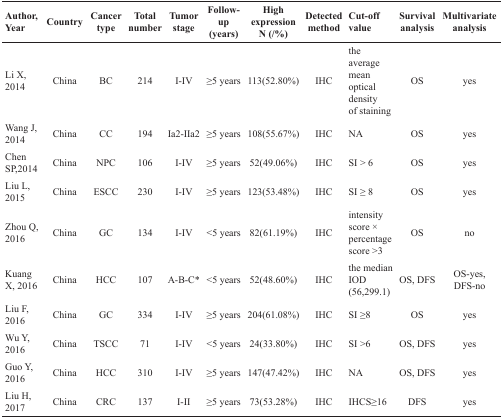
<table><thead><tr><td><b>Author,Year</b></td><td><b>Country</b></td><td><b>Cancer type</b></td><td><b>Total number</b></td><td><b>Tumor stage</b></td><td><b>Follow-up (years)</b></td><td><b>High expression N (/%)</b></td><td><b>Detected method</b></td><td><b>Cut-off value</b></td><td><b>Survival analysis</b></td><td><b>Multivariate analysis</b></td></tr></thead><tbody><tr><td>Li X, 2014</td><td>China</td><td>BC</td><td>214</td><td>I-IV</td><td>≥5 years</td><td>113(52.80%)</td><td>IHC</td><td>the average mean optical densityof staining</td><td>OS</td><td>yes</td></tr><tr><td>Wang J, 2014</td><td>China</td><td>CC</td><td>194</td><td>Ia2-IIa2</td><td>≥5 years</td><td>108(55.67%)</td><td>IHC</td><td>NA</td><td>OS</td><td>yes</td></tr><tr><td>Chen SP,2014</td><td>China</td><td>NPC</td><td>106</td><td>I-IV</td><td>≥5 years</td><td>52(49.06%)</td><td>IHC</td><td>SI &gt; 6</td><td>OS</td><td>yes</td></tr><tr><td>Liu L, 2015</td><td>China</td><td>ESCC</td><td>230</td><td>I-IV</td><td>≥5 years</td><td>123(53.48%)</td><td>IHC</td><td>SI ≥ 8</td><td>OS</td><td>yes</td></tr><tr><td>Zhou Q, 2016</td><td>China</td><td>GC</td><td>134</td><td>I-IV</td><td>&lt;5 years</td><td>82(61.19%)</td><td>IHC</td><td>intensity score × percentage score &gt;3</td><td>OS</td><td>no</td></tr><tr><td>Kuang X, 2016</td><td>China</td><td>HCC</td><td>107</td><td>A-B-C*</td><td>&lt;5 years</td><td>52(48.60%)</td><td>IHC</td><td>the median IOD (56,299.1)</td><td>OS, DFS</td><td>OS-yes, DFS-no</td></tr><tr><td>Liu F, 2016</td><td>China</td><td>GC</td><td>334</td><td>I-IV</td><td>≥5 years</td><td>204(61.08%)</td><td>IHC</td><td>SI ≥8</td><td>OS</td><td>yes</td></tr><tr><td>Wu Y, 2016</td><td>China</td><td>TSCC</td><td>71</td><td>I-IV</td><td>&lt;5 years</td><td>24(33.80%)</td><td>IHC</td><td>SI &gt;6</td><td>OS, DFS</td><td>yes</td></tr><tr><td>Guo Y, 2016</td><td>China</td><td>HCC</td><td>310</td><td>I-IV</td><td>≥5 years</td><td>147(47.42%)</td><td>IHC</td><td>NA</td><td>OS, DFS</td><td>yes</td></tr><tr><td>Liu H, 2017</td><td>China</td><td>CRC</td><td>137</td><td>I-II</td><td>≥5 years</td><td>73(53.28%)</td><td>IHC</td><td>IHCS≥16</td><td>DFS</td><td>yes</td></tr></tbody></table>